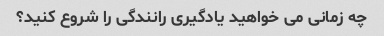
چه زمانی می خواهید یادگیری رانندگی را شروع کنید؟